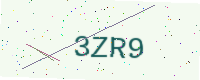
Text: 3ZR9